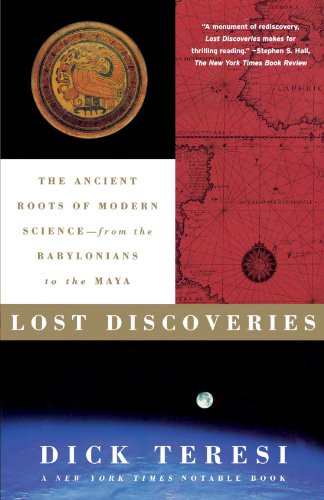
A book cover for Lost Discoveries: The Ancient Roots of Modern Science--from the Babylonians to the Maya; Dick Teresi; History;